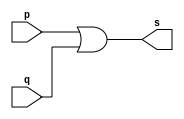
// Exercicio 10 - OR com 3 entradas
// Nome: Silvino Henrique Santos de Souza 

// ------------------------- 
// -- or gate 
// ------------------------- 
module simpleorgate(output s, input p, input q);
	assign s = p|q;
endmodule

module orgate(output s,input p,input q, input r);
	wire aux;
	simpleorgate OR1(aux,p,q);
	assign s = aux | r;
endmodule

// ------------------------- 
// -- test or gate 
// ------------------------- 
module testorgate; 
	reg a,b,c; 	 
	wire s; 
	orgate OR2 (s, a, b, c); 
	
	initial begin:start 
		a=0;b=0;c=0; // valor inicial 
	end 

	initial begin:main 
		$display("Exercicio 10 - Silvino Henrique Santos de Souza - 412773"); 
		$display("Test OR Gate com 3 entradas:"); 
		$display("\na | b | c = s\n");
		$monitor("%b | %b | %b = %b",a,b,c,s);
		#1 a=0;b=0;c=1;
		#1 a=0;b=1;c=0;
		#1 a=1;b=0;c=0;
		#1 a=1;b=1;c=0;
		#1 a=1;b=0;c=1;
		#1 a=0;b=1;c=1;
		#1 a=1;b=1;c=1; 
	end 
endmodule